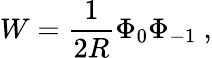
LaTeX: W=\frac{1}{2R}\Phi_{0}\Phi_{-1}\ ,